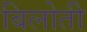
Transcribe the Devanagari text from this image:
बिलोती